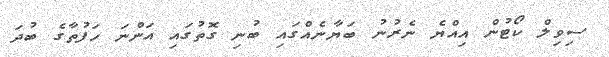
ސިވިލް ކޯޓުން އިއްޔެ ނެރުނު ބަޔާނެއްގައި ބުނި ގޮތުގައި އަންނަ ހަފުތާގެ ބުދަ